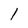
Character: 1